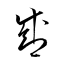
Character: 盛